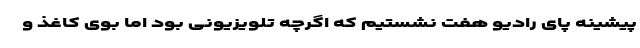
پیشینه پای رادیو هفت نشستیم که اگرچه تلویزیونی بود اما بوی کاغذ و